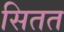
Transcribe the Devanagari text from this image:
सितत